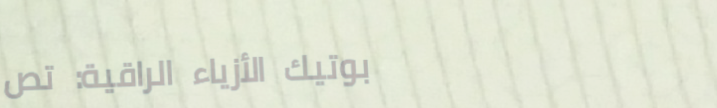
بوتيك الأزياء الراقية: تص